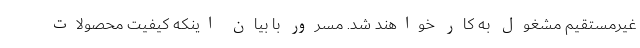
غیرمستقیم مشغول به کار خواهند شد. مسرور با بیان اینکه کیفیت محصولات